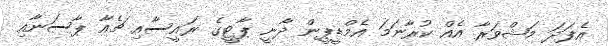
އެފަދަ މަޝްވަރާ އެއް ކުރާނަމަ އެމްޑީޕީން ދާނީ ޕާޓީގެ ރައީސާއި ޗެއާ ޕާސަނާއި